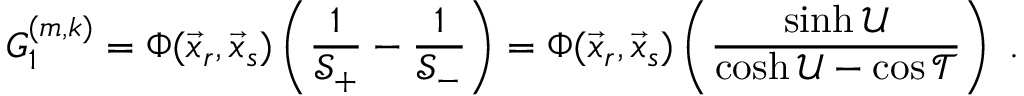
G _ { 1 } ^ { ( m , k ) } = \Phi ( \vec { x } _ { r } , \vec { x } _ { s } ) \left( \frac { 1 } { \mathcal { S } _ { + } } - \frac { 1 } { \mathcal { S } _ { - } } \right) = \Phi ( \vec { x } _ { r } , \vec { x } _ { s } ) \left( \frac { \sinh \mathcal { U } } { \cosh \mathcal { U } - \cos \mathcal { T } } \right) \; .